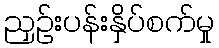
ညှဉ်းပန်းနှိပ်စက်မှု